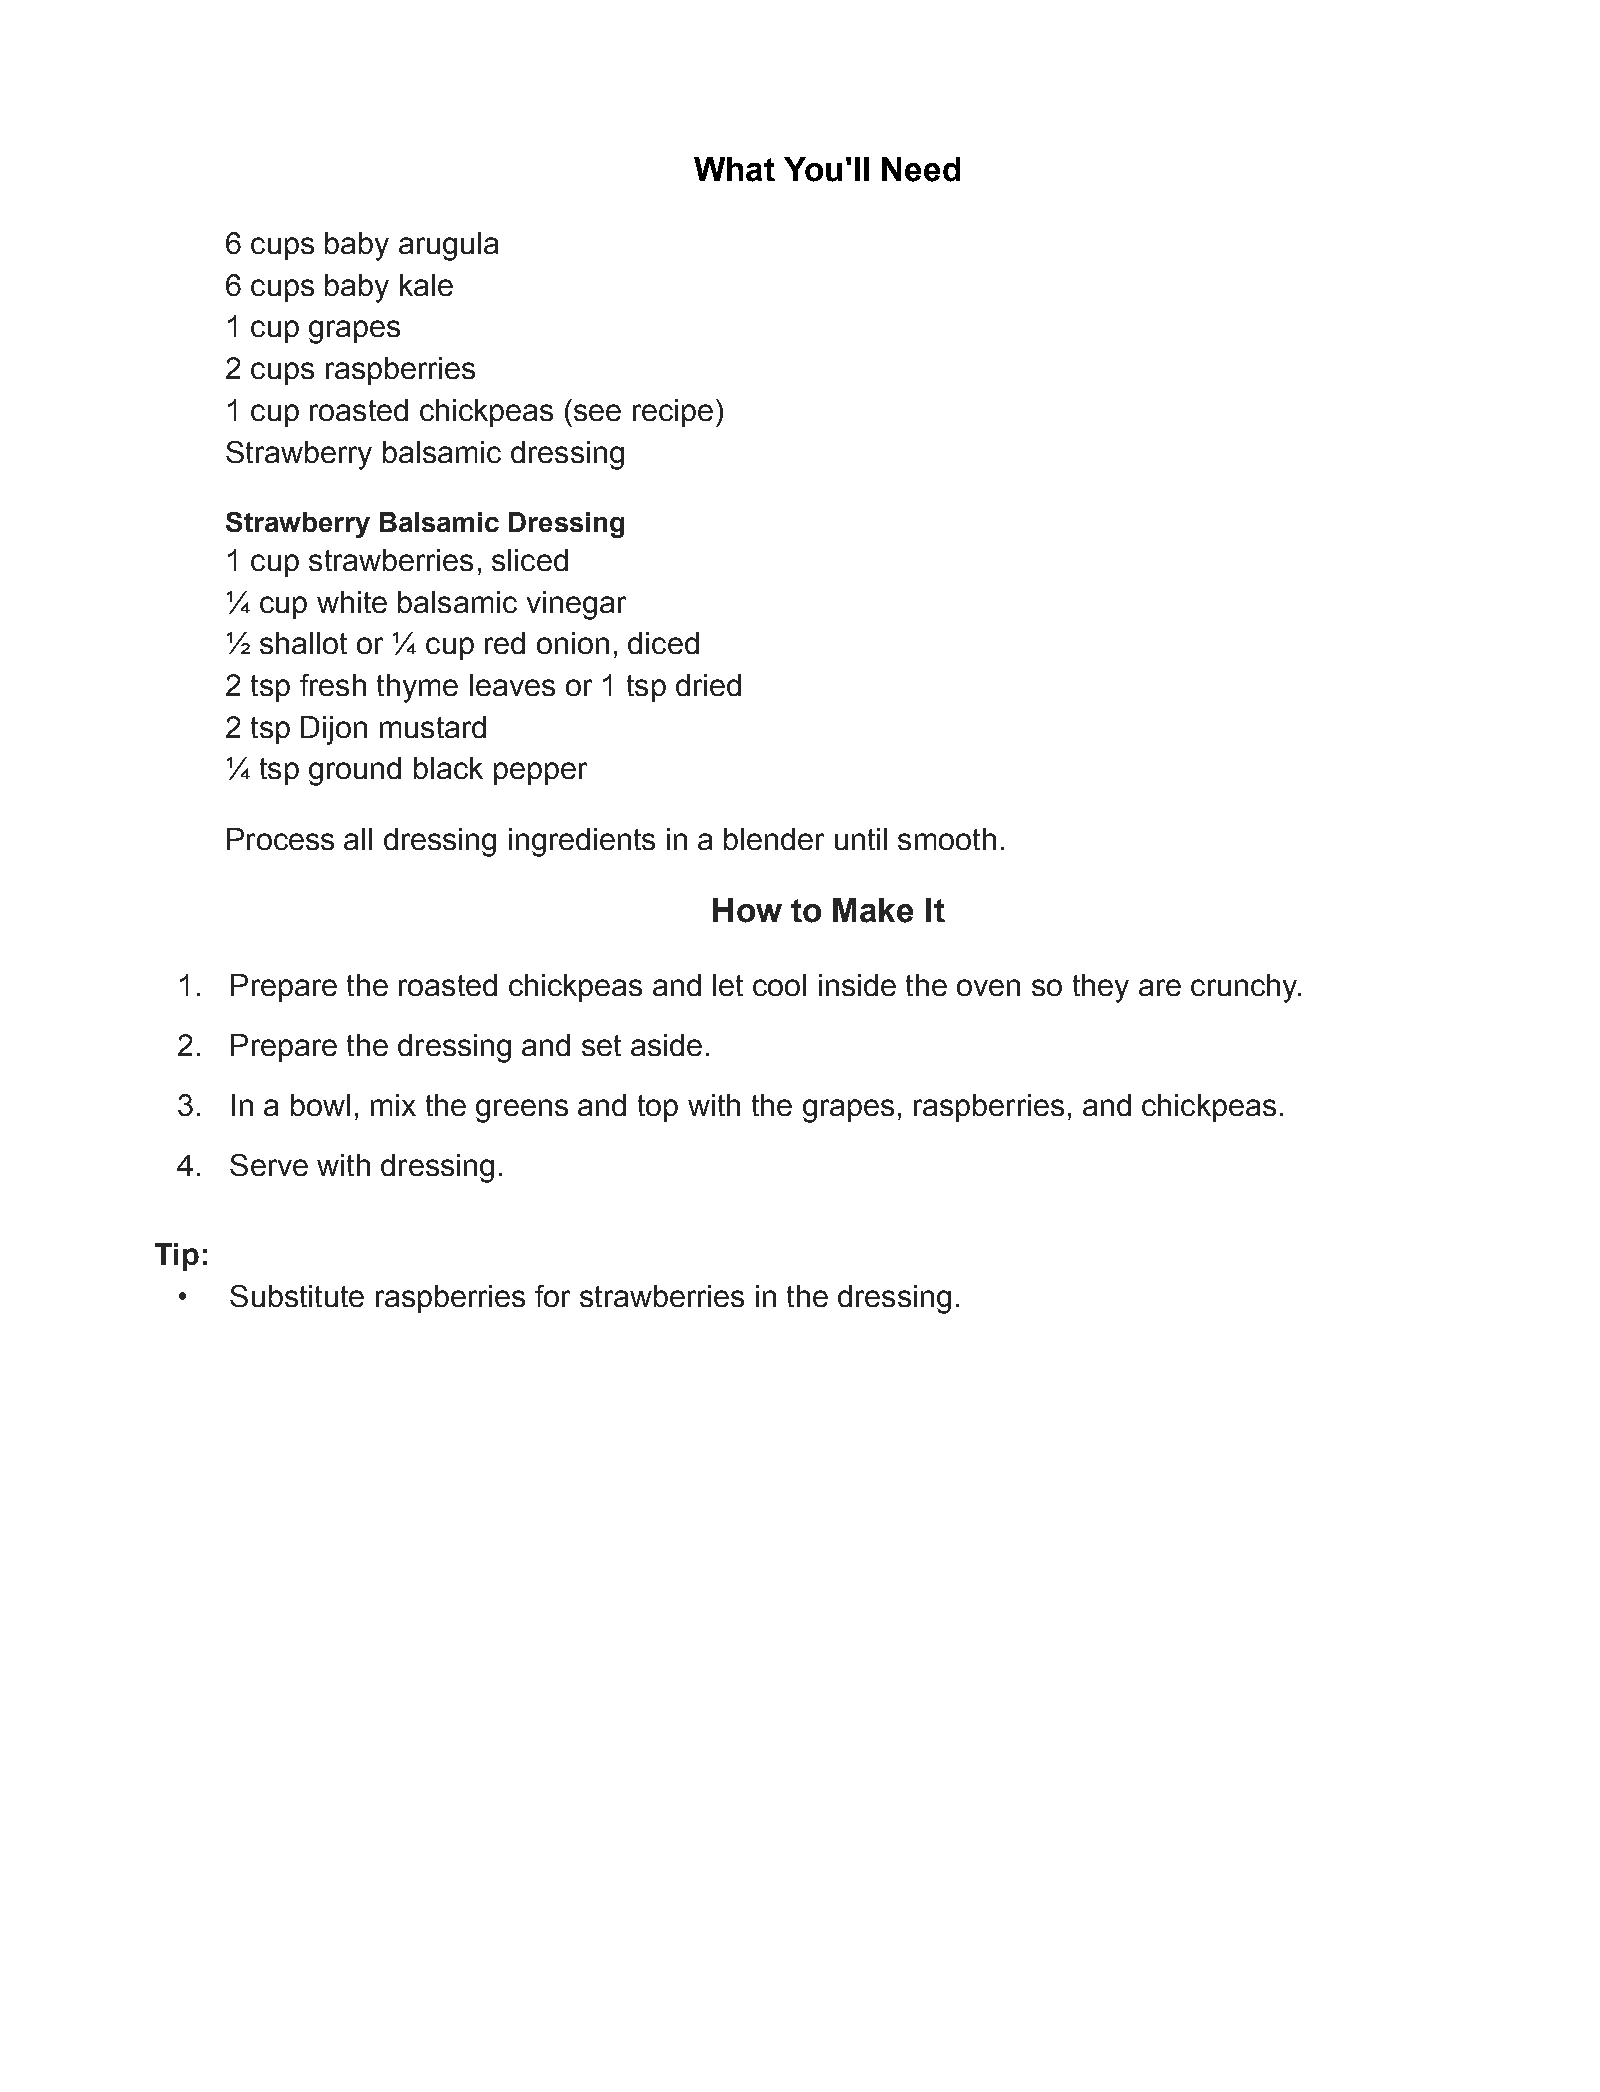
What  You'll Need
 6 cups baby arugula
 6 cups baby kale
 1 cup grapes
 2 cups raspberries
 1 cup roasted chickpeas (see recipe)
 Strawberry balsamic dressing
 Strawberry Balsamic Dressing
 1 cup strawberries, sliced
 ¼ cup white balsamic vinegar
 ½ shallot or ¼ cup red onion, diced
 2 tsp fresh thyme leaves or 1 tsp dried
 2 tsp Dijon mustard
 ¼ tsp ground black pepper
 Process all dressing ingredients in a blender until smooth.
 How  to Make  It
 1. Prepare the roasted chickpeas and let cool inside the oven so they are crunchy.
 2. Prepare the dressing and set aside.
 3. In a bowl, mix the greens and top with the grapes, raspberries, and chickpeas.
 4. Serve with dressing.
 Tip:
 •  Substitute raspberries for strawberries in the dressing.